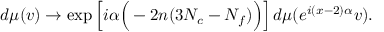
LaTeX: d \mu ( v ) \to \mathrm { e x p } \left[ i \alpha \Big ( - 2 n ( 3 N _ { c } - N _ { f } ) \Big ) \right] d \mu ( e ^ { i ( x - 2 ) \alpha } v ) .